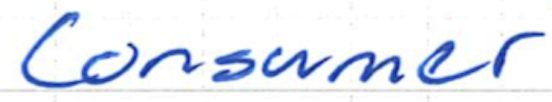
Text: Consumer
Cross-out: clean
Writing tool: ballpoint